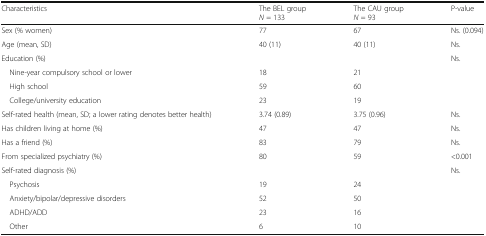
| Characteristics | The BEL groupN = 133 | The CAU groupN = 93 | P-value |
 | --- | --- | --- | --- |
 | Sex (% women) | 77 | 67 | Ns. (0.094) |
 | Age (mean, SD) | 40 (11) | 40 (11) | Ns. |
 | Education (%) |  |  | Ns. |
 | Nine-year compulsory school or lower | 18 | 21 |  |
 | High school | 59 | 60 |  |
 | College/university education | 23 | 19 |  |
 | Self-rated health (mean, SD; a lower rating denotes better health) | 3.74 (0.89) | 3.75 (0.96) | Ns. |
 | Has children living at home (%) | 47 | 47 | Ns. |
 | Has a friend (%) | 83 | 79 | Ns. |
 | From specialized psychiatry (%) | 80 | 59 | <0.001 |
 | Self-rated diagnosis (%) |  |  | Ns. |
 | Psychosis | 19 | 24 |  |
 | Anxiety/bipolar/depressive disorders | 52 | 50 |  |
 | ADHD/ADD | 23 | 16 |  |
 | Other | 6 | 10 |  |